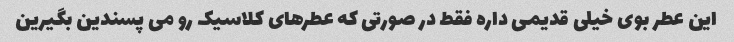
این عطر بوی خیلی قدیمی داره فقط در صورتی که عطرهای کلاسیک رو می پسندین بگیرین